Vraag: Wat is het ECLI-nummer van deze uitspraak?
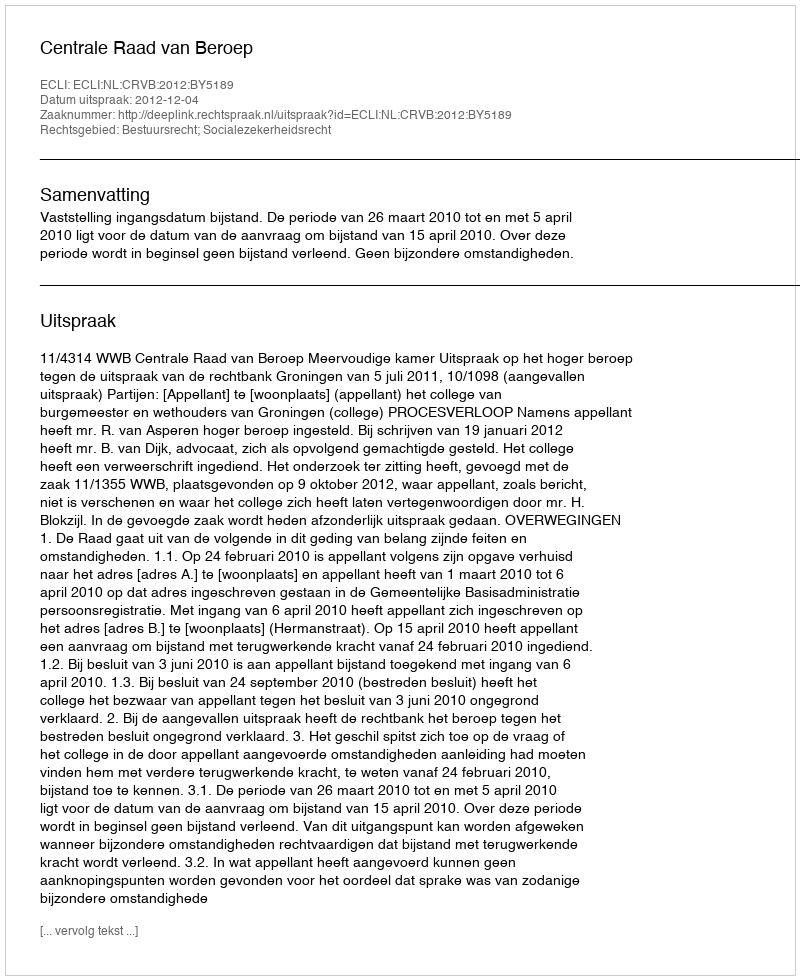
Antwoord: ECLI:NL:CRVB:2012:BY5189